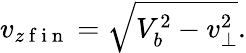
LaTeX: v_{z\mathrm{~f~i~n~}}=\sqrt{V_{b}^{2}-v_{\perp}^{2}}.